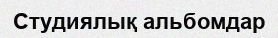
Студиялық альбомдар